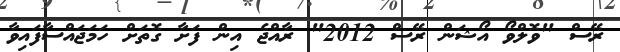
ރޭސް "ވޮލްވޯ އޯޝަން ރޭސް 2012" ރާއްޖެ އިން ފަށާ ގޮތަށް ހަމަޖައްސާފައިވާ